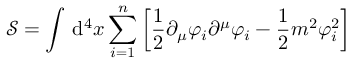
{ \mathcal { S } } = \int \, \mathrm { d } ^ { 4 } x \sum _ { i = 1 } ^ { n } \left[ { \frac { 1 } { 2 } } \partial _ { \mu } \varphi _ { i } \partial ^ { \mu } \varphi _ { i } - { \frac { 1 } { 2 } } m ^ { 2 } \varphi _ { i } ^ { 2 } \right]